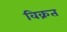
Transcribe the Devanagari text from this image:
विक्रत